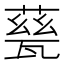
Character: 甆